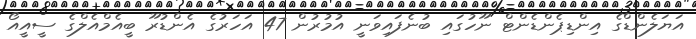
އަޔަލެންޑްގެ އިންޑިޕެންޑެންޓް ނޫހުގައި ބުނެފައިވަނީ އުމުރުން 47 އަހަރުގެ އެންޑުރޫ ބީއެމްއެލްގެ ސީއީއޯ